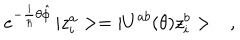
e ^ { - \frac { i } { \hbar } \theta \hat { \phi } } \, | z _ { i } ^ { a } > = | U ^ { a b } ( \theta ) z _ { i } ^ { b } > \ \ \ ,